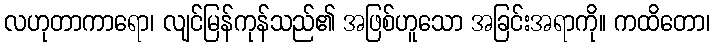
လဟုတာကာရော၊ လျင်မြန်ကုန်သည်၏ အဖြစ်ဟူသော အခြင်းအရာကို။ ကထိတော၊